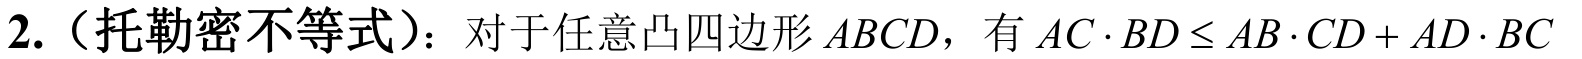
2.（托勒密不等式）：对于任意凸四边形\(ABCD\)，有\(AC\cdot BD\leq AB\cdot CD + AD\cdot BC\)